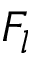
F _ { l }